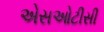
એસઓટીસી